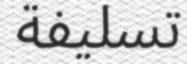
تسليفة